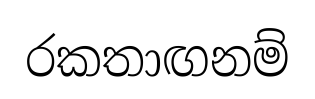
රකතාඟනම්